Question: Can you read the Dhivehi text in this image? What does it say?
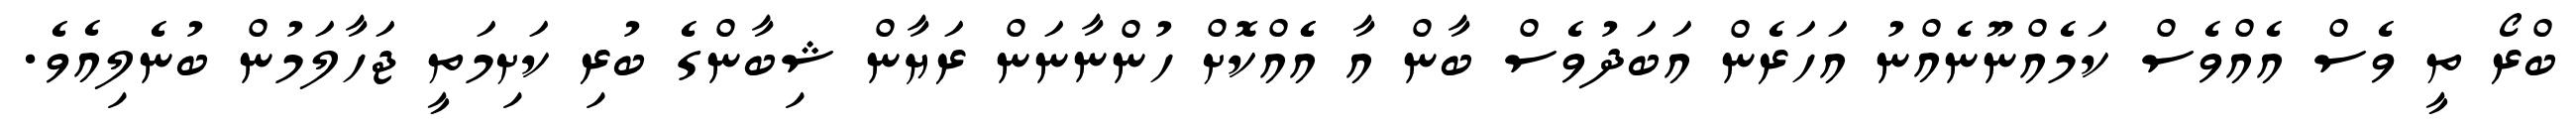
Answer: ބްރޯ ތީ ވެސް އެއްވެސް ކަމެއްނޫނެއްނު އަހަރެން އަބަދުވެސް ބާން އާ އެެއްކޮށް ހުންނާނަން ރަޔާން ޝިބާންގެ ބުރި ކަށިމަތީ ޖަހާލަމުން ބުނެލިއެވެ.